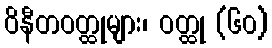
ဝိနီတဝတ္ထုများ၊ ဝတ္ထု (၆၀)